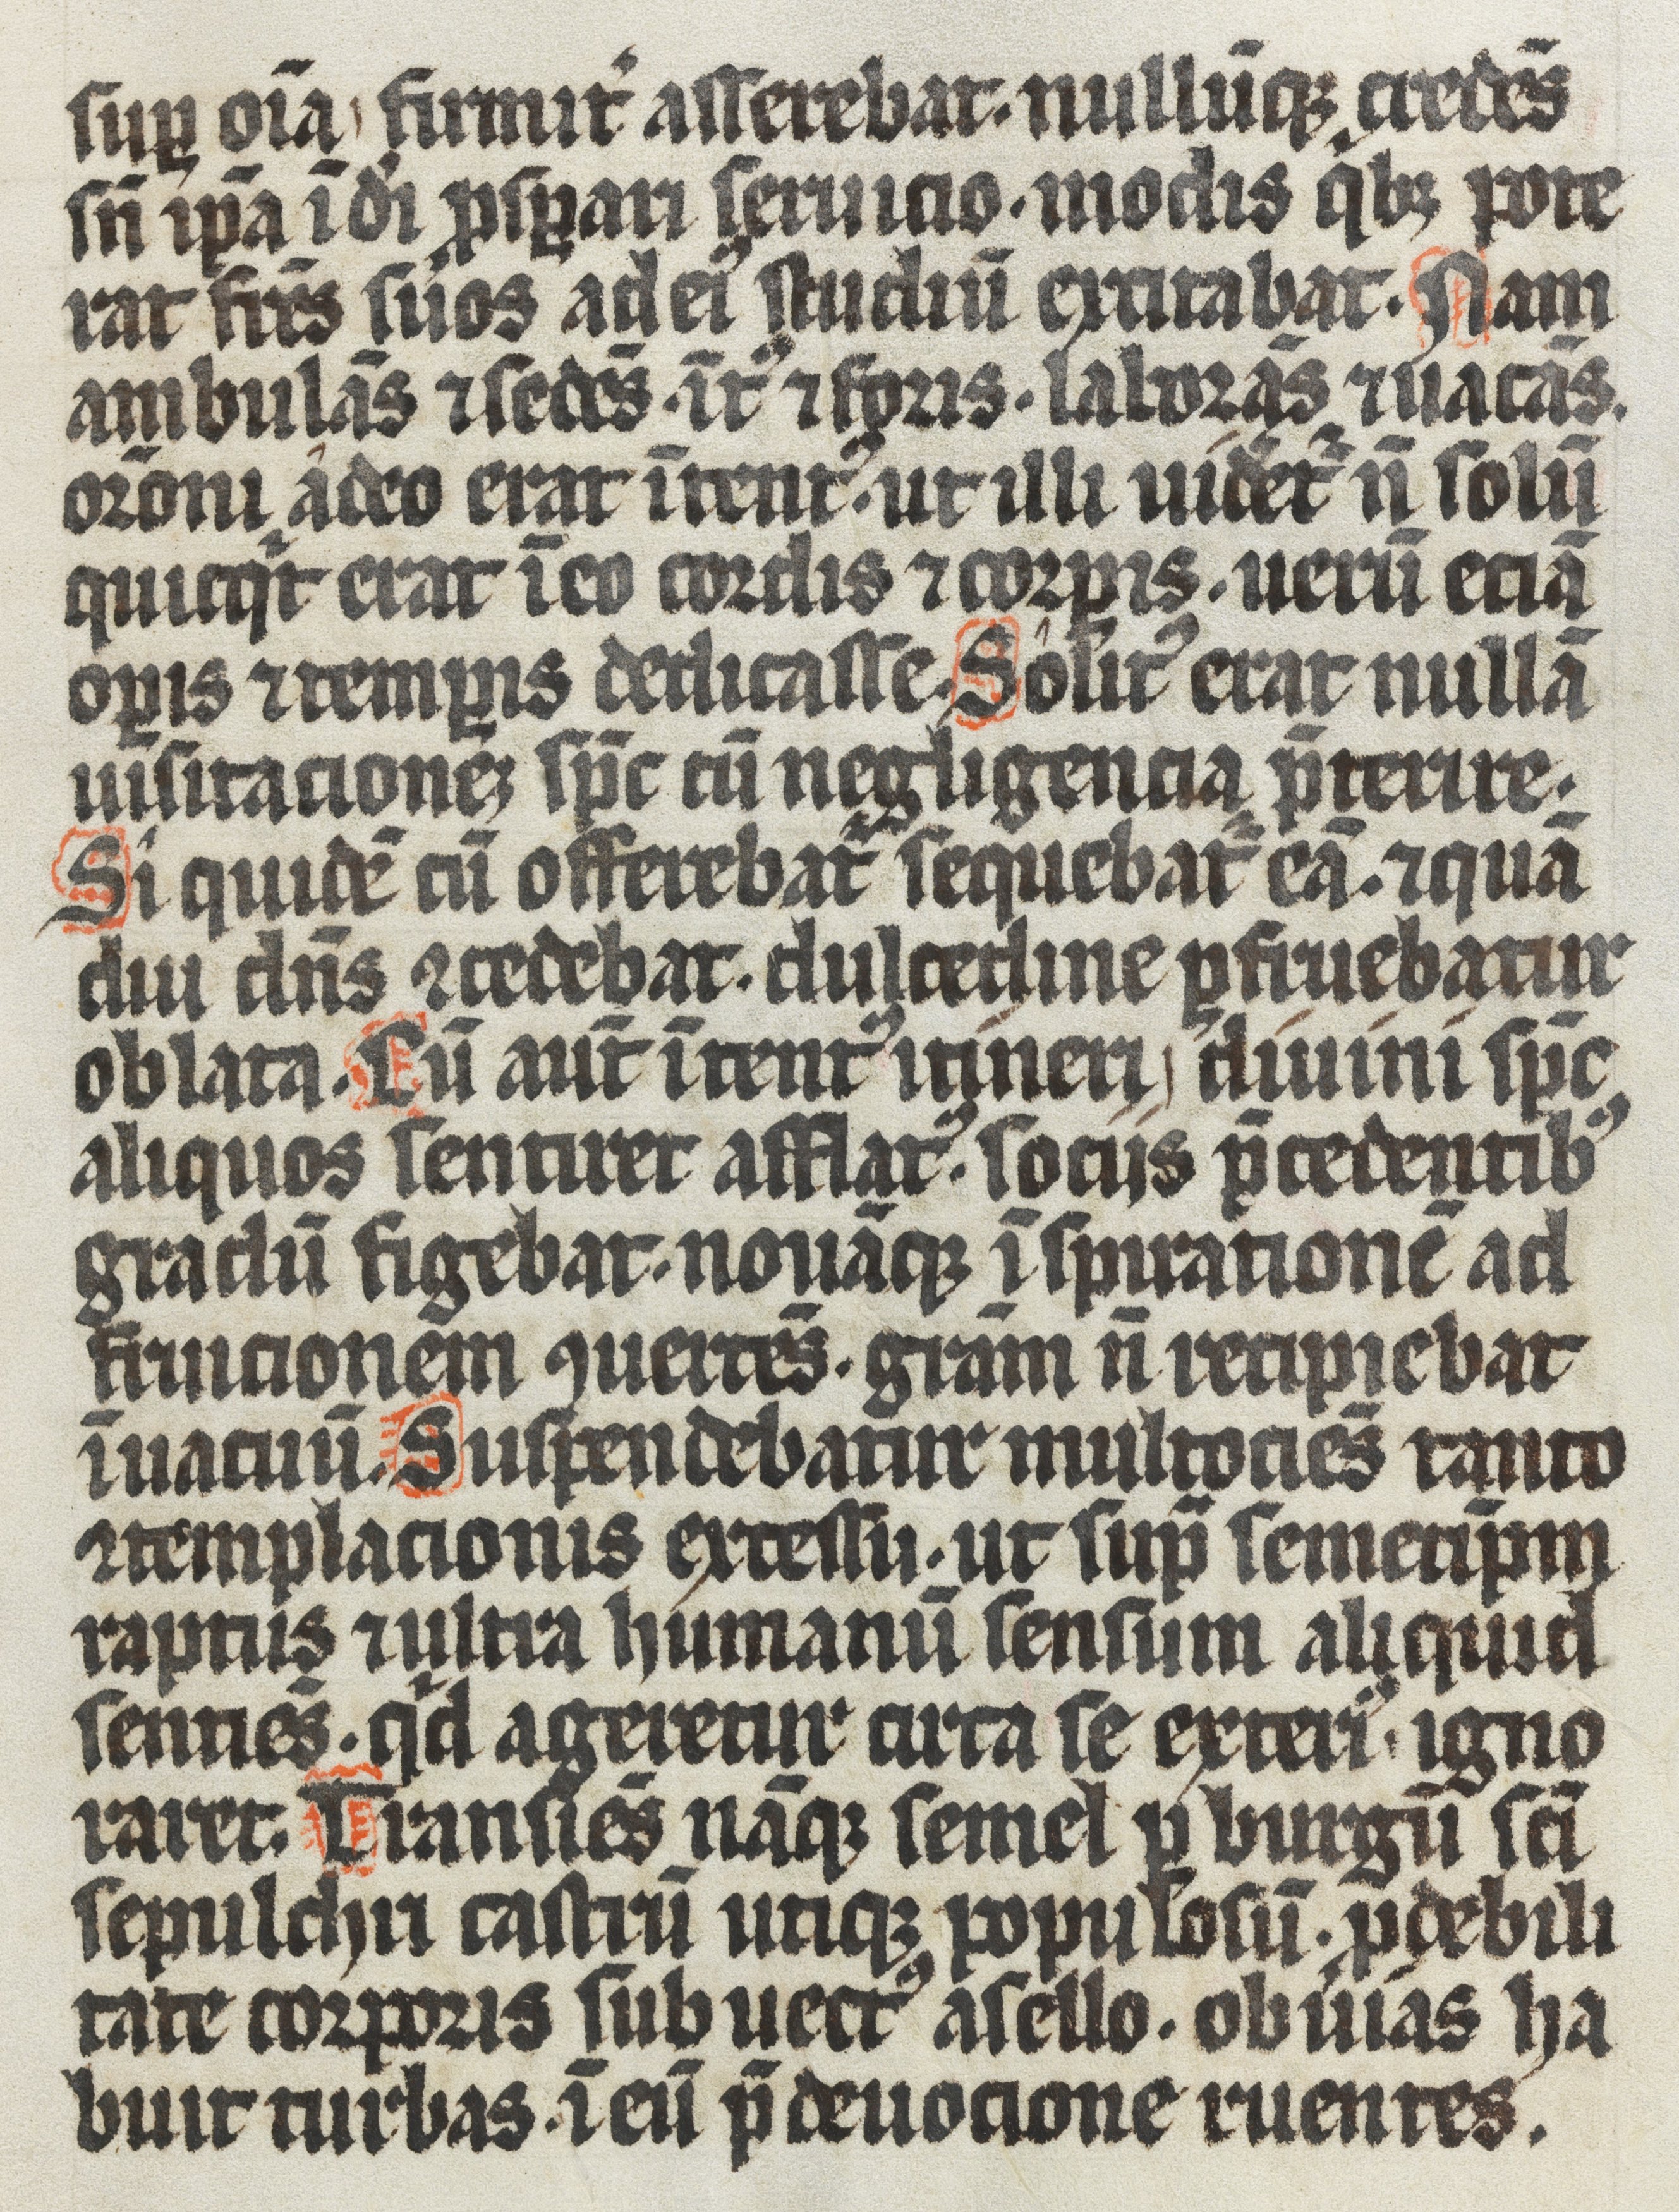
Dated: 1337–1337